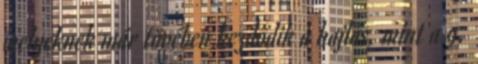
melyeknek már tövében kezdődik a hajlás, mint a 9.